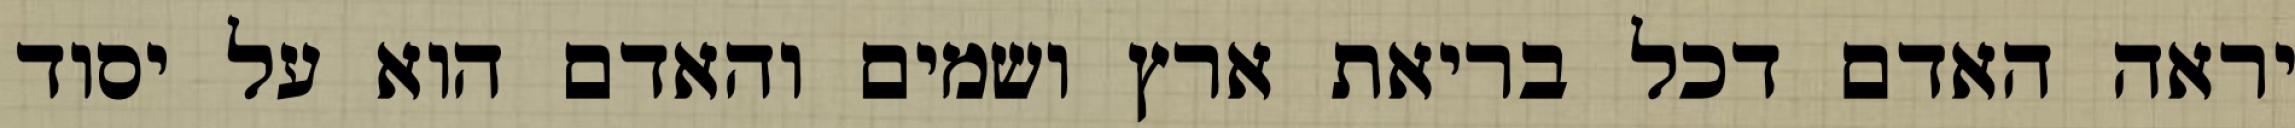
יראה האדם דכל בריאת ארץ ושמים והאדם הוא על יסוד